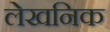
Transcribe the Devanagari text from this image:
लेखनिक